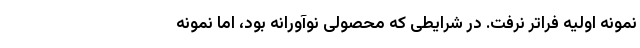
نمونه اولیه فراتر نرفت. در شرایطی که محصولی نوآورانه بود، اما نمونه